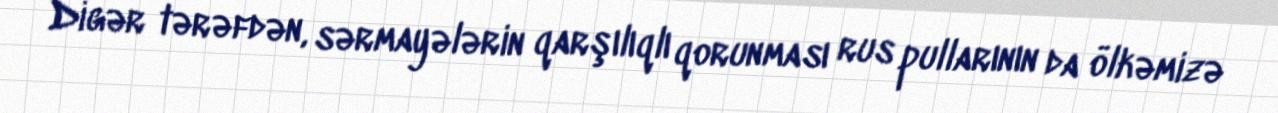
Digər tərəfdən, sərmayələrin qarşılıqlı qorunması rus pullarının da ölkəmizə